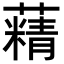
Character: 𦾿